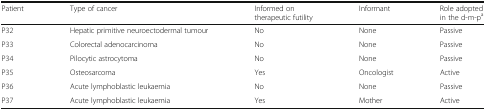
<table><thead><tr><td><b>Patient</b></td><td><b>Type of cancer</b></td><td><b>Informed on therapeutic futility</b></td><td><b>Informant</b></td><td><b>Role adopted in the d-m-p<sup>a</sup></b></td></tr></thead><tbody><tr><td>P32</td><td>Hepatic primitive neuroectodermal tumour</td><td>No</td><td>None</td><td>Passive</td></tr><tr><td>P33</td><td>Colorectal adenocarcinoma</td><td>No</td><td>None</td><td>Passive</td></tr><tr><td>P34</td><td>Pilocytic astrocytoma</td><td>No</td><td>None</td><td>Passive</td></tr><tr><td>P35</td><td>Osteosarcoma</td><td>Yes</td><td>Oncologist</td><td>Active</td></tr><tr><td>P36</td><td>Acute lymphoblastic leukaemia</td><td>No</td><td>None</td><td>Passive</td></tr><tr><td>P37</td><td>Acute lymphoblastic leukaemia</td><td>Yes</td><td>Mother</td><td>Active</td></tr></tbody></table>